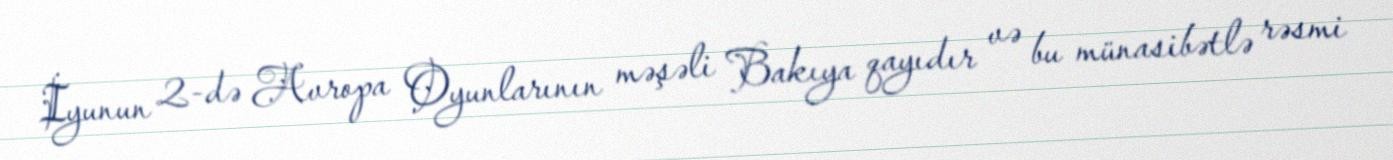
İyunun 2-də Avropa Oyunlarının məşəli Bakıya qayıdır və bu münasibətlə rəsmi